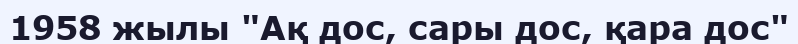
1958 жылы "Ақ дос, сары дос, қара дос"